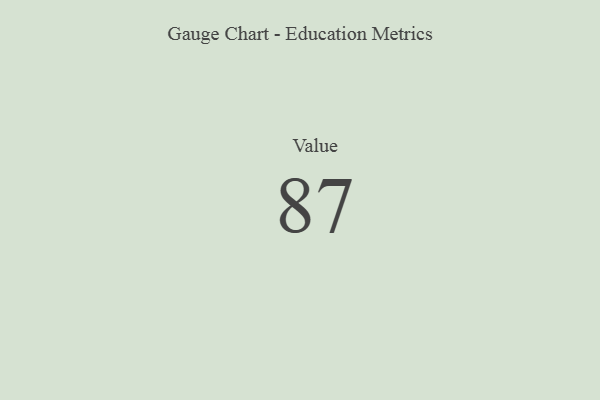
{"axis": {"x": "Metric", "y": "Value"}, "legend": [""], "data": [{"x": "Value", "y": 87, "type": ""}]}